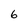
Character: 6